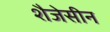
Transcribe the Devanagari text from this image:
शैजेसीन